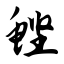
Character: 鲣